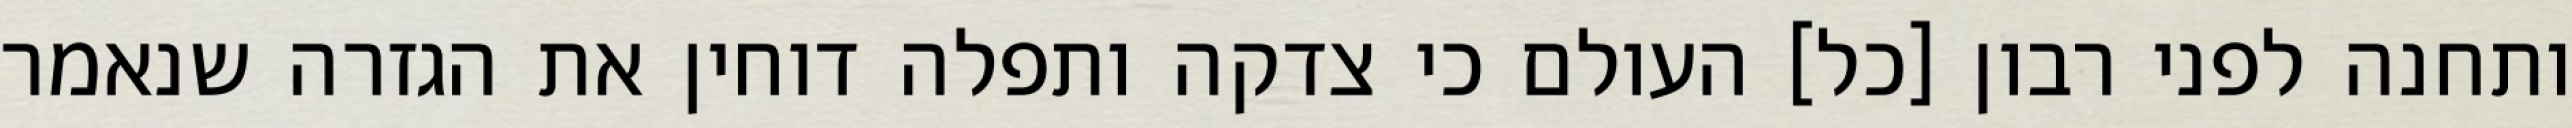
ותחנה לפני רבון [כל] העולם כי צדקה ותפלה דוחין את הגזרה שנאמר